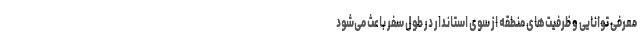
معرفی توانایی و ظرفیت‌های منطقه از سوی استاندار در طول سفر باعث می‌شود